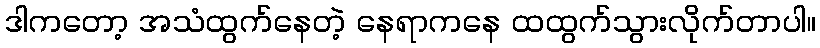
ဒါကတော့ အသံထွက်နေတဲ့ နေရာကနေ ထထွက်သွားလိုက်တာပါ။